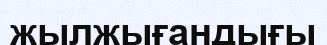
жылжығандығы